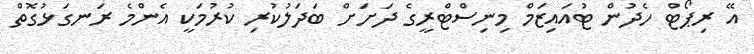
އޭ ރިޕޯޓް ހެދުން ޓުއައިޒަމް މިނިސްޓްރީގެ ދަށަށް ބަދަލުކުރި ކުރުމަކީ އެންމެ ރަނގަޅުގޮތް